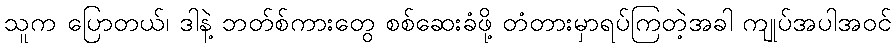
သူက ပြောတယ်၊ ဒါနဲ့ ဘတ်စ်ကားတွေ စစ်ဆေးခံဖို့ တံတားမှာရပ်ကြတဲ့အခါ ကျုပ်အပါအဝင်